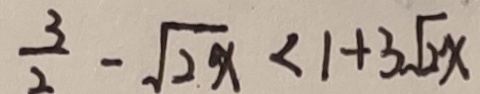
\frac { 3 } { 2 } - \sqrt { 2 x } < 1 + 3 \sqrt { 2 x }